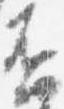
否